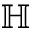
\mathbb { H }